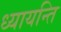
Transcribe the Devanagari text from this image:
ध्यायन्ति